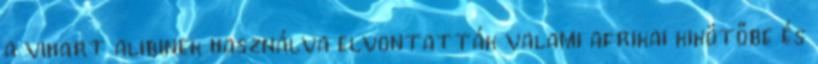
a vihart alibinek használva elvontatták valami afrikai kikötőbe és